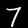
Label: 7